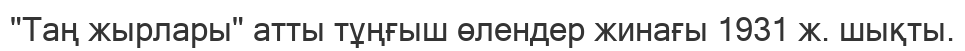
"Таң жырлары" атты тұңғыш өлендер жинағы 1931 ж. шықты.